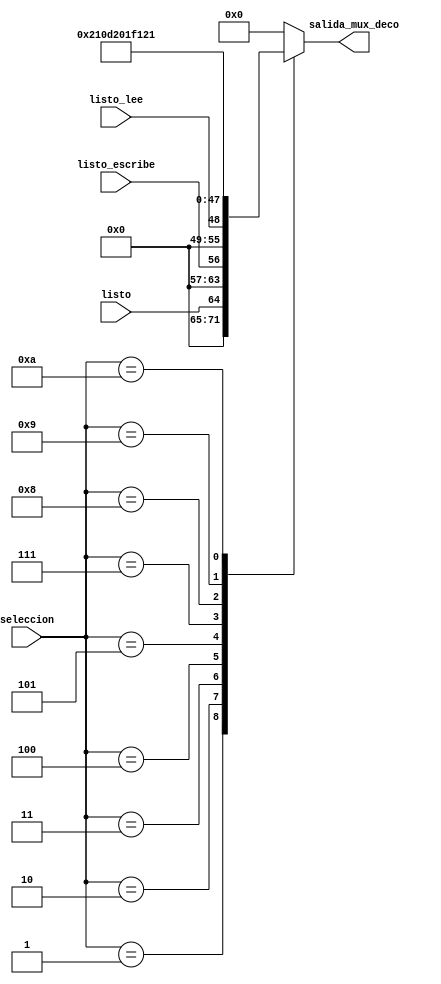
`timescale 1ns / 1ps
//////////////////////////////////////////////////////////////////////////////////
// Company: 
// Engineer: 
// 
// Design Name: 
// Module Name:    MUX_DECO 
// Project Name: 
// Target Devices: 
// Tool versions: 
// Description: 
//
// Dependencies: 
//
// Revision: 
// Revision 0.01 - File Created
// Additional Comments: 
//
//////////////////////////////////////////////////////////////////////////////////
module MUX_DECO(
input wire [7:0]seleccion,
input wire listo,
input wire listo_lee,
input wire listo_escribe,
output reg [7:0]salida_mux_deco
    );

   always @(seleccion, listo, listo_lee,listo_escribe)
      case (seleccion)
         8'b00000000: salida_mux_deco = 8'h00;
         8'b00000001: salida_mux_deco = {7'b0000000,listo};
         8'b00000010: salida_mux_deco = {7'b0000000,listo_escribe};
         8'b00000011: salida_mux_deco = {7'b0000000,listo_lee};
         8'b00000100: salida_mux_deco = 8'h02;
         8'b00000101: salida_mux_deco = 8'h10;
         8'b00000110: salida_mux_deco = 8'h00;
         8'b00000111: salida_mux_deco = 8'hd2;
			8'b00001000: salida_mux_deco = 8'h01;
         8'b00001001: salida_mux_deco = 8'hf1;
         8'b00001010: salida_mux_deco = 8'h21;
			default: salida_mux_deco = 8'h00;
      endcase
		
	
endmodule